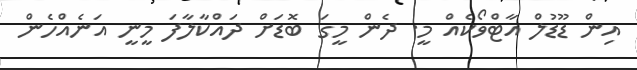
އިން ޑޫޑުލް އާޓްވޯކެއް މީ. ދެން މީގަ ބޮޑަށް ދައްކާލާފަ މީނީ އަނެއްހެން